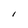
Character: l